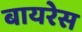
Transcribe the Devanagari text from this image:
बायरेस